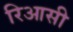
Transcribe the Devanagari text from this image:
रिआसी